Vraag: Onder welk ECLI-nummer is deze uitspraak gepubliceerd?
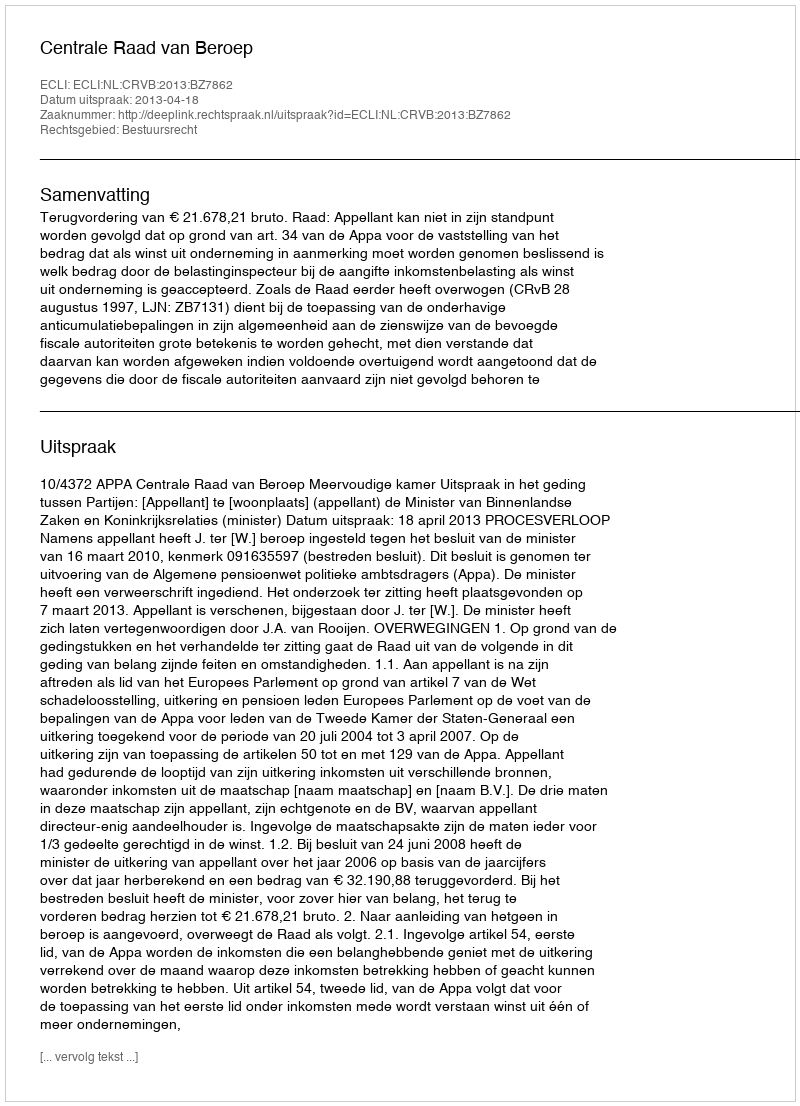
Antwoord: ECLI:NL:CRVB:2013:BZ7862